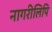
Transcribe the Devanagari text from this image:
नागरीलिपि